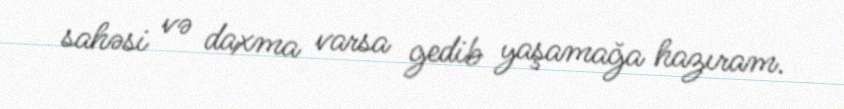
sahəsi və daxma varsa gedib yaşamağa hazıram.